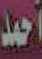
أحمد